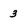
Character: 3